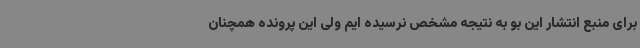
برای منبع انتشار این بو به نتیجه مشخص نرسیده ایم ولی این پرونده همچنان